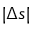
| \Delta s |